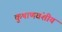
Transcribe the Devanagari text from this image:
कुषाणवंशीय